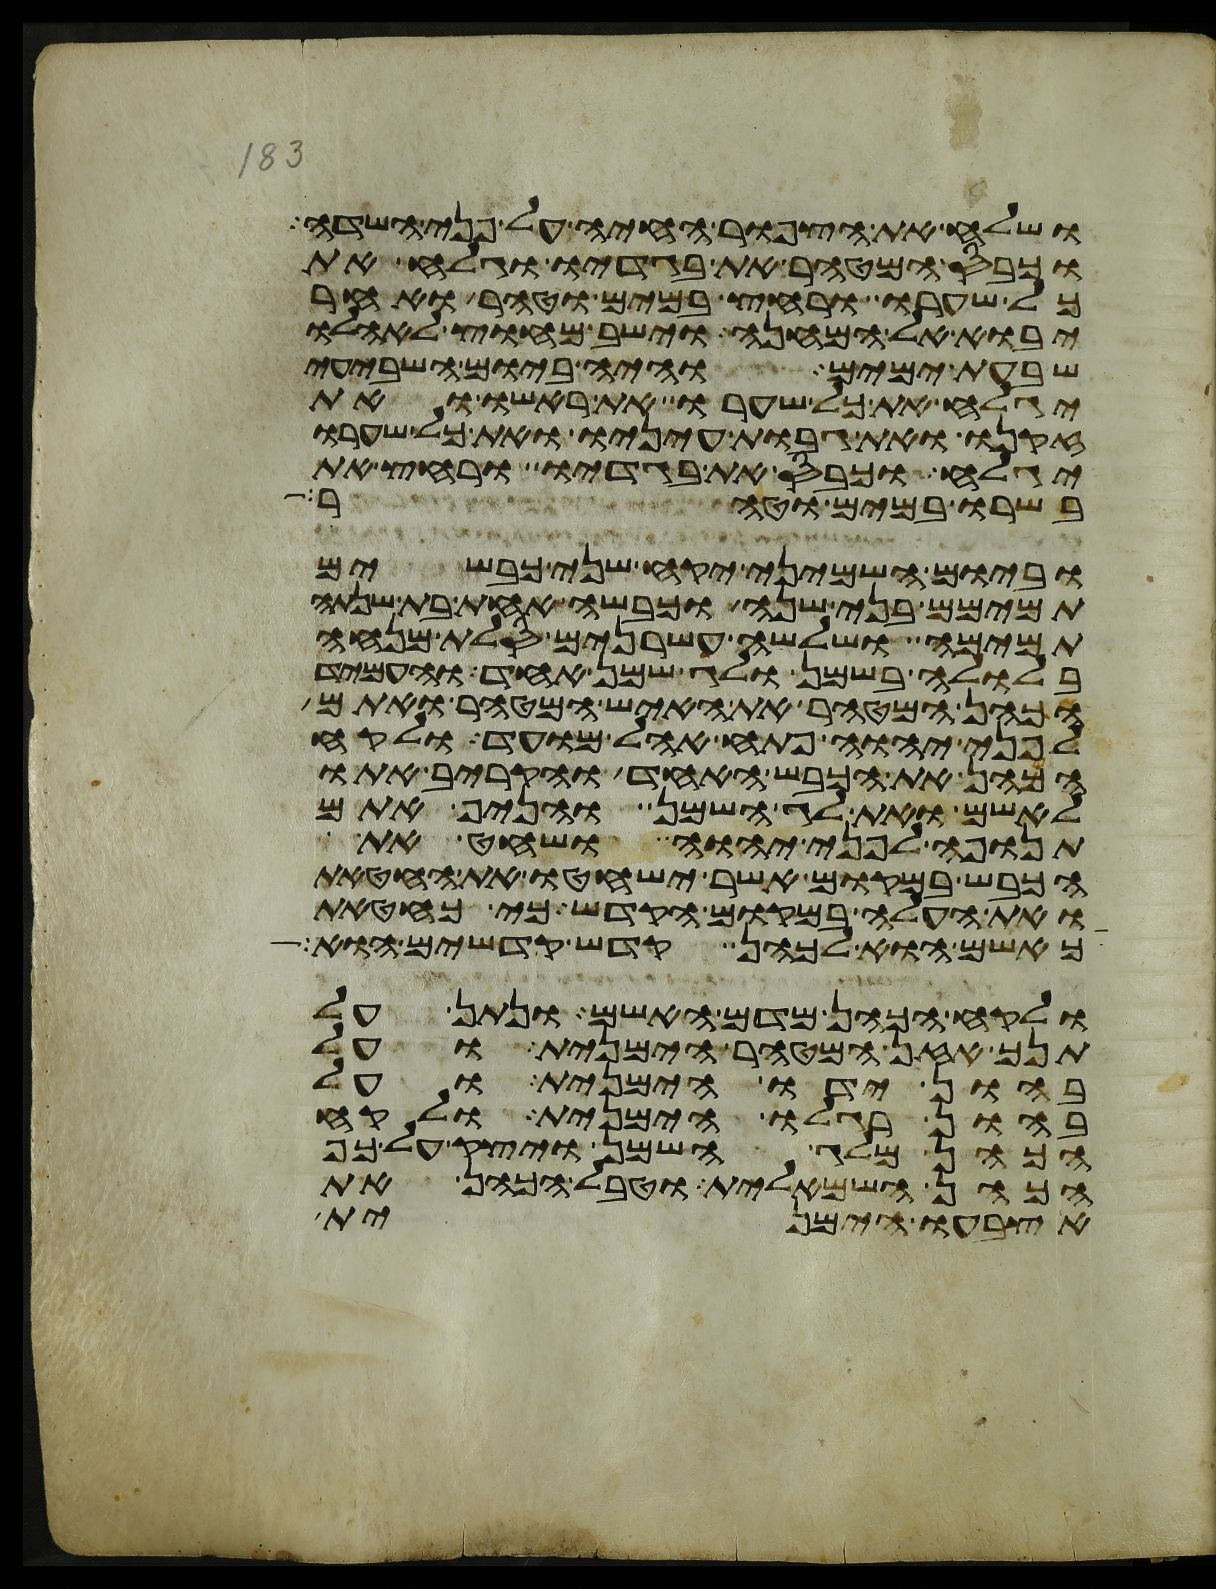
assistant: ושלח את הצפור החיה על פני השדה
וכבס המטהר את בגדיו וגלח את
כל שערו ורחץ במים וטהר ואחר
יבוא אל המחנה וישב מחוץ לאהלו
שבעת ימים והיה ביום השביעי
יגלח את כל שערו את ראשו ואת
זקנו ואת גבות עיניו ואת כל שערו
יגלח וכבס את בגדיו ורחץ את
בשרו במים וטהר
וביום השמיני יקח שני כבשים
תמימם בני שנה וכבשה אחת בת שנתה
תמימה ושלשה עשרנים סלת מנחה
בלולה בשמן ולג שמן אחד והעמיד
הכהן המטהר את האיש המטהר ואתם
לפני יהוה פתח אהל מועד ולקח
הכהן את הכבש האחד והקריב אתו
לאשם ואת לג השמן והניף אתם
תנופה לפני יהוה ושחט את
הכבש במקום אשר ישחטו את החטאת
ואת העלה במקום הקדש כי כחטאת
כאשם הוא לכהן קדש קדשים הוא
ולקח הכהן מדם האשם ונתן על
תנך אזן המטהר הימנית ועל
בהון ידו הימנית ועל
בהון רגלו הימנית ולקח
הכהן מלג השמן ויצק על כף
הכהן השמאלית וטבל הכהן את
אצבעו הימנית